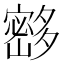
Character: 𰋘